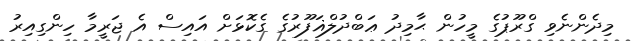
މިދެންނެވި ގްރޫޕުގެ މީހުން ޙާމިދު ޢަބްދުލްޣަފޫރުގެ ގެކޮޅަށް އައިސް އެ ޖަރީމާ ހިންގިއިރު